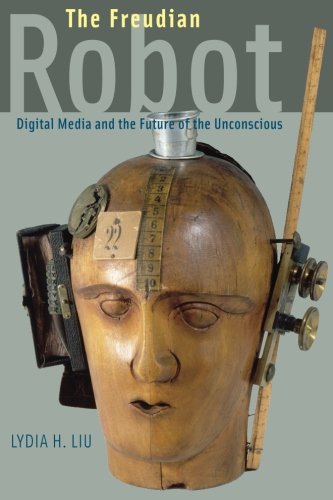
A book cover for The Freudian Robot: Digital Media and the Future of the Unconscious; Lydia H. Liu; Computers & Technology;